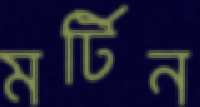
মর্টিন